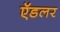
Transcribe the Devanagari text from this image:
ऍडलर